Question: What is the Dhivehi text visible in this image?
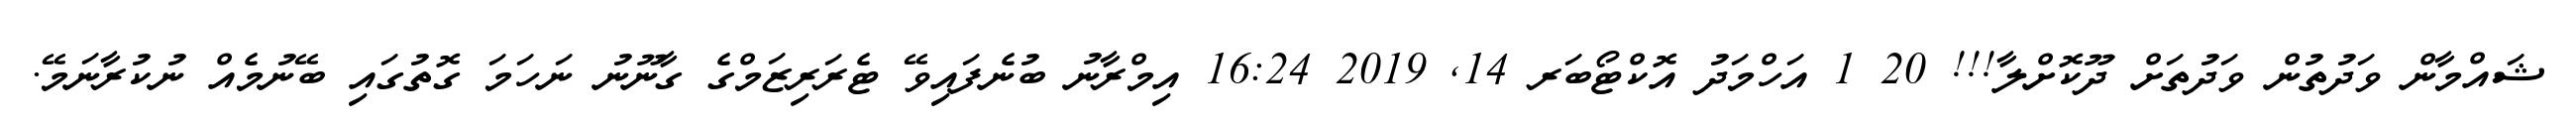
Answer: ޝައްމާން ވަދުތުން ވަދުތަށް ދޫކޮށްލާ!!! 20 1 އަހްމަދު އޮކްޓޯބަރ 14, 2019 16:24 އިމްރާނު ބުނެފައިވޭ ޓެރަރިޒަމްގެ ގާނޫނު ނަހަމަ ގޮތުގައި ބޭނުމެއް ނުކުރާނަމޭ.